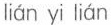
lián yi lián